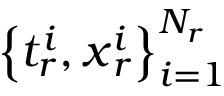
\left\{ t _ { r } ^ { i } , \boldsymbol { x } _ { r } ^ { i } \right\} _ { i = 1 } ^ { N _ { r } }